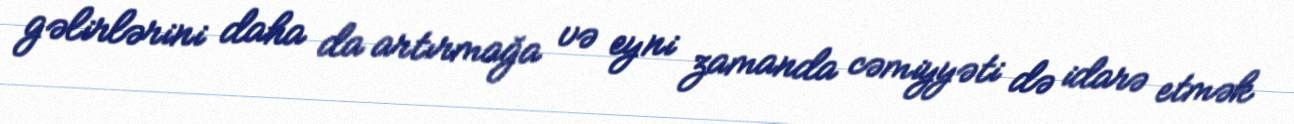
gəlirlərini daha da artırmağa və eyni zamanda cəmiyyəti də idarə etmək